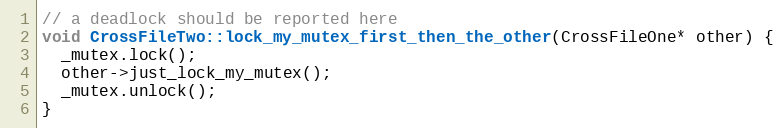
Language: C++
// a deadlock should be reported here
void CrossFileTwo::lock_my_mutex_first_then_the_other(CrossFileOne* other) {
  _mutex.lock();
  other->just_lock_my_mutex();
  _mutex.unlock();
}